Indian journal of veterinary science and animal husbandry - Volume 13,
Year: 1943
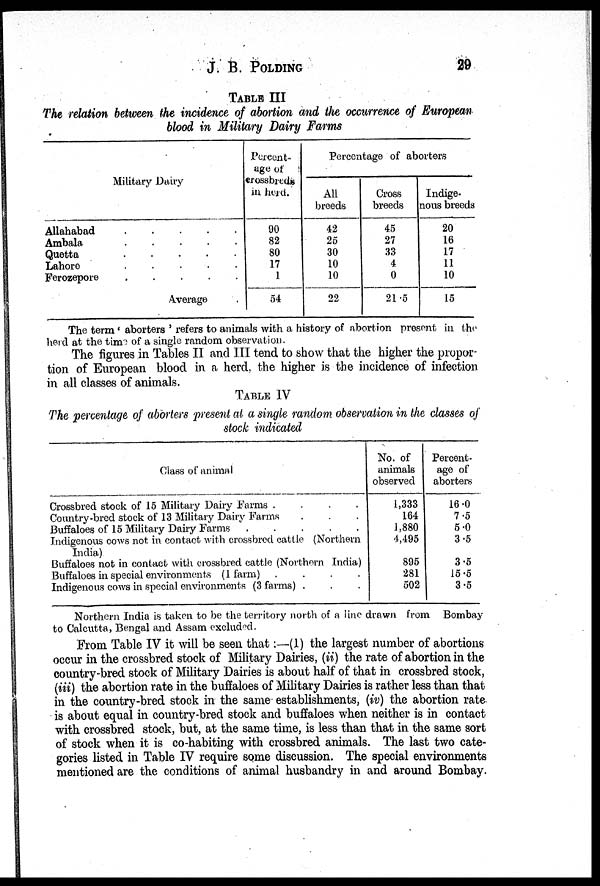
J. B. POLDING 29
TABLE III
The relation between the incidence of abortion and the occurrence of European
blood in Military Dairy Farms
Military Dairy
Allahabad . .
Ambala . .
Quetta . .
Lahore . .
Ferozepore . .
Average...
Porcent-
age of
crossbreds
in herd.
90
82
80
17
1
54
Percentage of aborters
All
breeds
42
25
30
10
10
22
Cross
breeds
45
27
33
4
0
21.5
Indige-
nous breeds
20
16
17
11
10
15
The term ' aborters ' refers to animals with a history of abortion present in the
herd at the time of a single random observation.
The figures in Tables II and III tend to show that the higher the propor-
tion of European blood in a herd, the higher is the incidence of infection
in all classes of animals.
TABLE IV
The percentage of aborters present at a single random observation in the classes of
stock indicated
Class of animal
Crossbred stock of 15 Military Dairy Farms .
.
.
Country-bred stock of 13 Military Dairy Farms . . .
Buffaloes of 15 Military Dairy Farms
.
.
.
Indigenous cows not in contact with crossbred cattle (Northern
India)
Buffaloes not in contact with crossbred cattle (Northern India)
Buffaloes in special environments (1 farm) . . .
Indigenous cows in special environments (3 farms) . . . .
No. of
animals
observed
1,333
164
1,880
4,495
895
281
502
Percent-
age of
aborters
16.0
7.5
5.0
3.5
3.5
15.5
3.5
Northern India is taken to be the territory north of a line drawn from Bombay
to Calcutta, Bengal and Assam excluded.
From Table IV it will be seen that:—(1) the largest number of abortions
occur in the crossbred stock of Military Dairies, (ii) the rate of abortion in the
country-bred stock of Military Dairies is about half of that in crossbred stock,
(iii) the abortion rate in the buffaloes of Military Dairies is rather less than that
in the country-bred stock in the same establishments, (iv) the abortion rate
is about equal in country-bred stock and buffaloes when neither is in contact
with crossbred stock, but, at the same time, is less than that in the same sort
of stock when it is co-habiting with crossbred animals. The last two cate-
gories listed in Table IV require some discussion. The special environments
mentioned are the conditions of animal husbandry in and around Bombay.